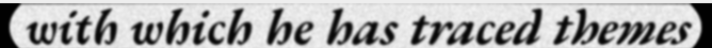
with which he has traced themes